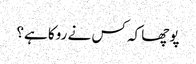
پوچھا کہ کس نے روکا ہے؟